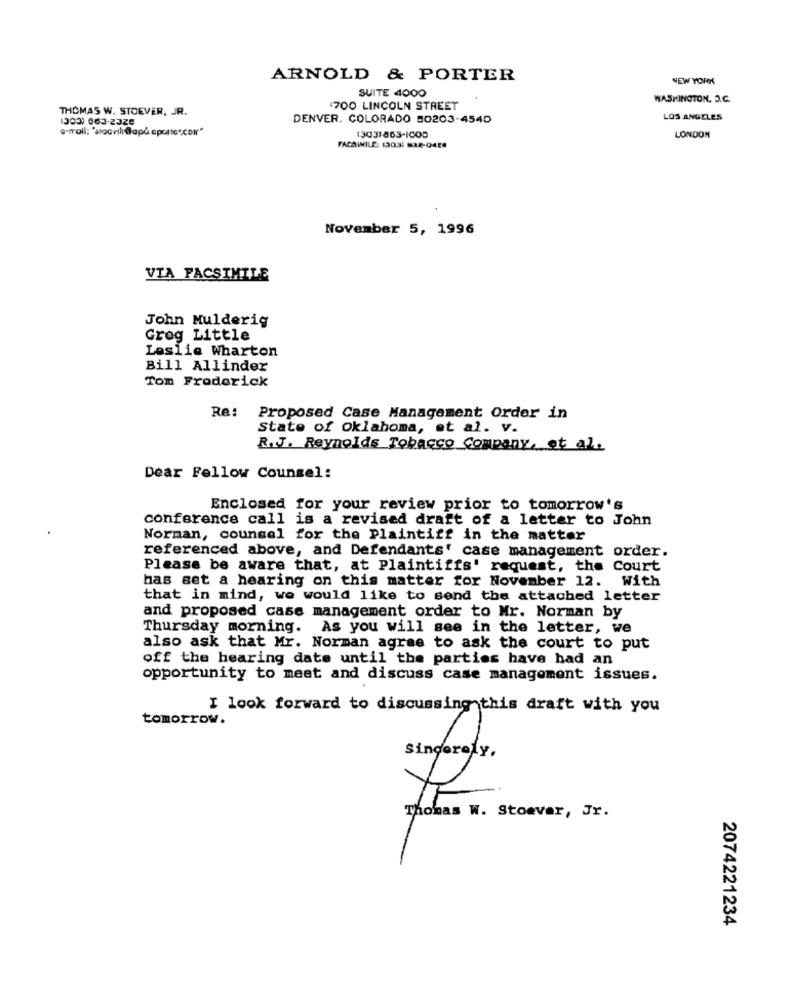
ARNOLD & PORTER
NEW YORK
SUITE 4000
WASHINGTON, D.C.
THOMAS W. STOEVER, JR.
1700 LINCOLN STREET
1303) 663-2320
DENVER, COLORADO 50203-4540
LOS ANGELES
a.frail: "sacvih @ap& apure .coir"
LONDON
(303)863-1000
FACSIMILE: 13036 MAR-Q424
November 5, 1996
VIA FACSIMILE
John Mulderig
Grog Little
Leslie Wharton
Bill Allinder
Tom Frederick
Re:
Proposed Case Management Order in
State of oklahoma, et al. v.
R.J. Reynolds Tobacco Company, et al.
Dear Fellow Counsel:
Enclosed for your review prior to tomorrow's
conference call is a revised draft of a letter to John
Norman, counsel for the Plaintiff in the matter
referenced above, and Defendants' case management order.
Please be aware that, at Plaintiffs' request, the Court
has set a hearing on this matter for November 12. With
that in mind, we would like to send the attached letter
and proposed case management order to Mr. Norman by
Thursday morning. As you will see in the letter, we
also ask that Mr. Norman agree to ask the court to put
off the hearing date until the parties have had an
opportunity to meet and discuss case management issues.
I look forward to discussing this draft with you
tomorrow.
Thomas W. Stoever, Jr.
2074221234